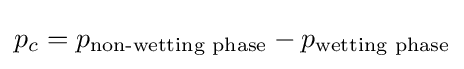
p_{c}=p_{\text{non-wetting phase}}-p_{\text{wetting phase}}